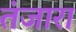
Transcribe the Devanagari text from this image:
तंजारा